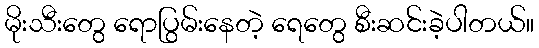
မိုးသီးတွေ ရောပြွမ်းနေတဲ့ ရေတွေ စီးဆင်းခဲ့ပါတယ်။